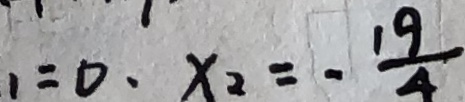
_ { 1 } = 0 . x _ { 2 } = - \frac { 1 9 } { 4 }